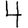
Digit: 4